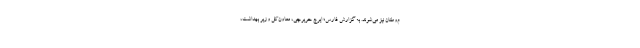
م‌وطنان نیز می‌شوند. به گزارش فارس؛ ایرج حریرچی، معاون‌کل وزیر بهداشت،